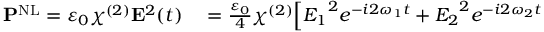
\begin{array} { r l } { \mathbf { P } ^ { \mathrm { N L } } = \varepsilon _ { 0 } \chi ^ { ( 2 ) } \mathbf { E } ^ { 2 } ( t ) } & { { } = { \frac { \varepsilon _ { 0 } } { 4 } } \chi ^ { ( 2 ) } { \Big [ } { E _ { 1 } } ^ { 2 } e ^ { - i 2 \omega _ { 1 } t } + { E _ { 2 } } ^ { 2 } e ^ { - i 2 \omega _ { 2 } t } } \end{array}